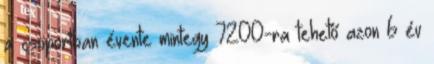
a csoportban évente mintegy 7200-ra tehető azon 6 év